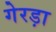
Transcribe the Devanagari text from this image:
गेरड़ा